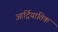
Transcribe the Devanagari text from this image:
आर्द्रियातिक